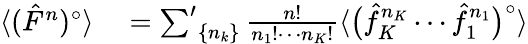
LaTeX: \begin{array}{rl}{\langle(\hat{F}^{n})^{\circ}\rangle}&{{}=\sideset{}{'}\sum_{\{ n_{k}\} }\frac{n!}{n_{1}!\cdots n_{K}!}\langle\big(\hat{f}_{K}^{n_{K}}\cdots\hat{f}_{1}^{n_{1}}\big)^{\circ}\rangle}\end{array}